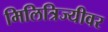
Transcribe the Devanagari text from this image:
मिलित्रिज्यीवर